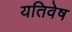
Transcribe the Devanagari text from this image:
यतिवेष